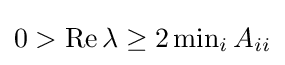
0>\operatorname {Re} \lambda \geq 2\operatorname {min} _{i}A_{ii}